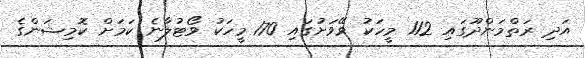
އަދި ރަތްމަންދޫގައި 112 މީހަކު ވޭވަށުގައި 170 މީހަކު ވޯޓުލާނެ ކަމަށް ކޮމިޝަންގެ